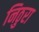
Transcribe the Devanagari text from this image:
निठुरा